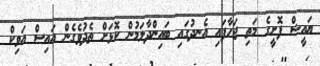
ޔައީޝް ފޮށީގެ މަތި ޖަހާފައި އެނދުގައި ބައިންދާލަމުން ކޮޅަށް ތެދުވެގެން އައިސް އަވިކް